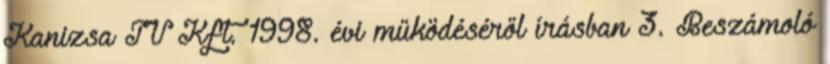
Kanizsa TV Kft. 1998. évi működéséről írásban 3. Beszámoló